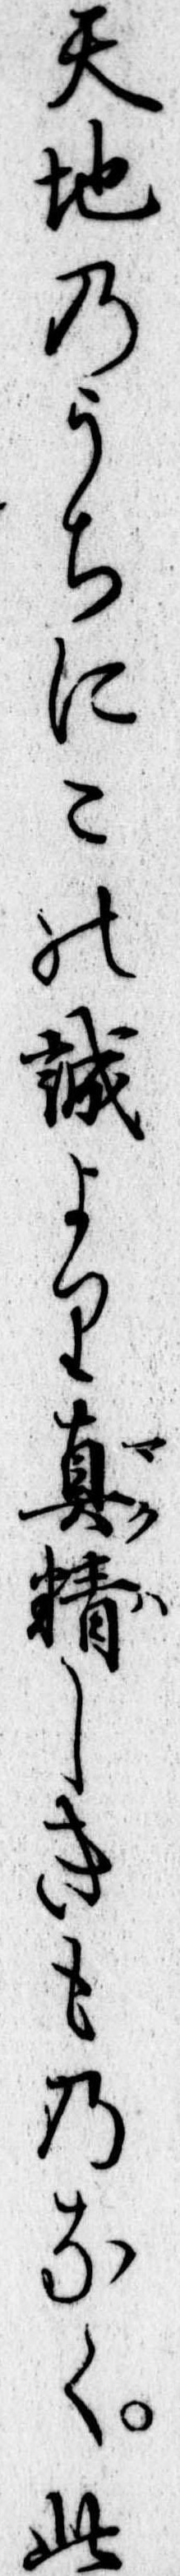
天地のうちにこの誠より真精しきものなく此